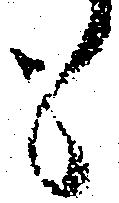
も